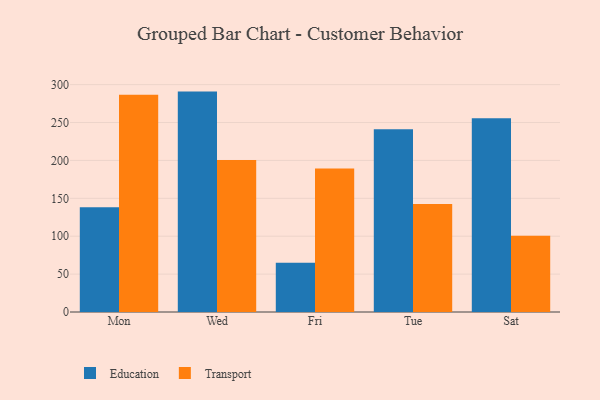
{"axis": {"x": "Day", "y": "Gross Profit (USD K)"}, "legend": ["Education", "Transport"], "data": [{"x": "Mon", "y": 138.3, "type": "Education"}, {"x": "Mon", "y": 286.6, "type": "Transport"}, {"x": "Wed", "y": 290.8, "type": "Education"}, {"x": "Wed", "y": 200.7, "type": "Transport"}, {"x": "Fri", "y": 64.9, "type": "Education"}, {"x": "Fri", "y": 189.5, "type": "Transport"}, {"x": "Tue", "y": 241.0, "type": "Education"}, {"x": "Tue", "y": 142.6, "type": "Transport"}, {"x": "Sat", "y": 255.7, "type": "Education"}, {"x": "Sat", "y": 100.5, "type": "Transport"}]}